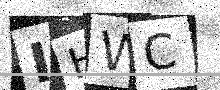
Text: IHWC